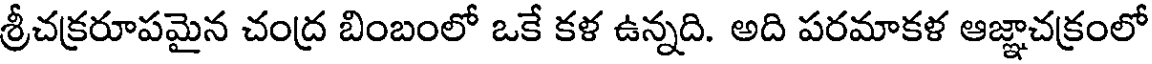
శ్రీచక్రరూపమైన చంద్ర బింబంలో ఒకే కళ ఉన్నది. అది పరమాకళ ఆజ్ఞాచక్రంలో